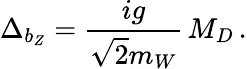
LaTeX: \Delta_{b_{Z}}=\frac{ig}{\sqrt{2}m_{W}}\, M_{D}\, .